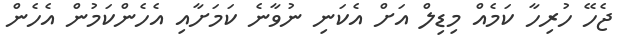
ޖެހޭ ހުރިހާ ކަމެއް މިޑިލް އަށް އެކަނި ނުވާނެ ކަމަށާއި އެހެންކަމުން އެހެން